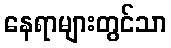
နေရာများတွင်သာ